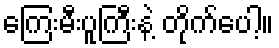
ကြေးမီးပူကြီးနဲ့ တိုက်ပေါ့။